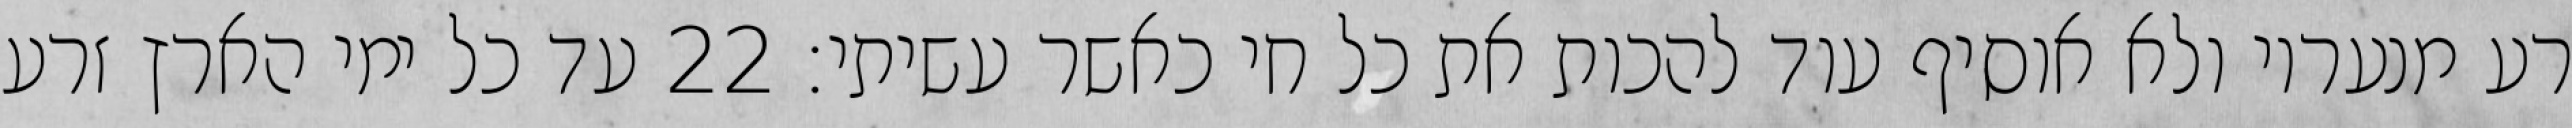
רע מנעריו ולא אוסיף עוד להכות את כל חי כאשר עשיתי׃ ‎22‏ עד כל ימי הארץ זרע